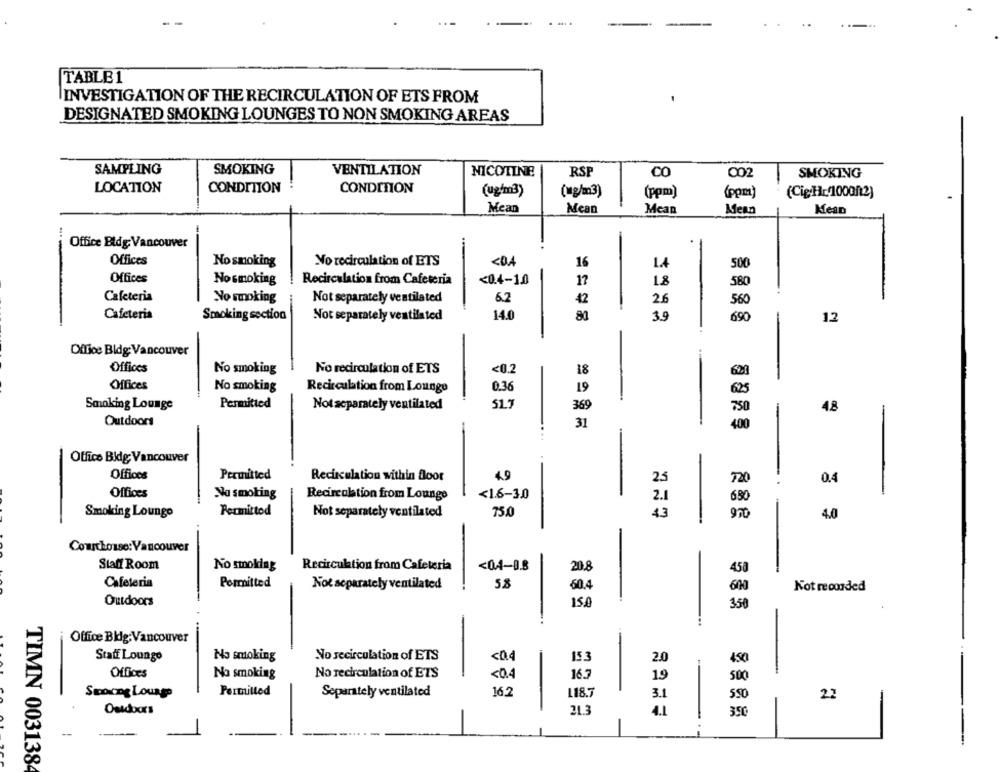
TABLE1
INVESTIGATION OF THE RECIRCULATION OF ETS FROM
DESIGNATED SMOKING LOUNGES TO NON SMOKING AREAS
SAMPLING
SMOKING
VENTILATION
NICOTINE
RSE
CO
002
SMOKING
LOCATION
CONDITION
CONDITION
(ug/m3)
(wg/m3)
(ppm)
(Cig:Hr(1000/12)
(ppm)
Mean
Mean
Mean
Menn
MesD
Office Bldg: Vancouver
Offices
No smoking
No recirculation of ETS
<0.4
16
1.4
500
Offices
No smoking
Recirculation from Cafeteria
<0.4-1.0
17
1.8
580
Cafeteria
No smoking
Not separately ventilated
6.2
42
2.6
-
560
Cafeteria
Smoking section
Not separately ventila ted
14.0
80
39
690
12
Office Bidg: Vancouver
Offices
No smoking
No recirculation of ETS
<0.2
18
620
Offices
0.36
No smoking
Recirculation from Lounge
19
525
Smoking Lounge
Permitted
Not separately ventilated
51.7
369
48
Outdoors
31
400
Office Bidg; Vancouver
Offices
Permitted
Recirculation within floor
4.9
2.5
720
0.4
Offices
Na smoking
<1.6-3.0
Recirculation from Lounge
2.1
690
Smoking Lounge
Permittod
Not separately ventilated
750
43
970
4.0
Courthouse: Vancouver
Staff Room
No smoking
Recirculation from Cafeteria
<0.4-9.8
20.8
458
Cafeteria
Permitted
Not separately ventilated
5.8
60.4
600
Kot recorded
Outdoors
15,0
350
Office Blig:Vancouver
No smoking
No secirculation of ETS
<04
15.3
Staff Lounge
2.0
450
Offices
No smoking
No recirculation of ETS
<0.4
16.3
1.9
500
Smoong Lounge
Permitted
Separately ventilated
16,2
118.7
3.1
22
550
Outdoors
21.3
4.1
-
TIMN 0031384